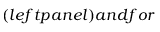
( l e f t p a n e l ) a n d f o r